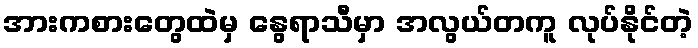
အားကစားတွေထဲမှ နွေရာသီမှာ အလွယ်တကူ လုပ်နိုင်တဲ့